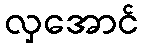
လှအောင်